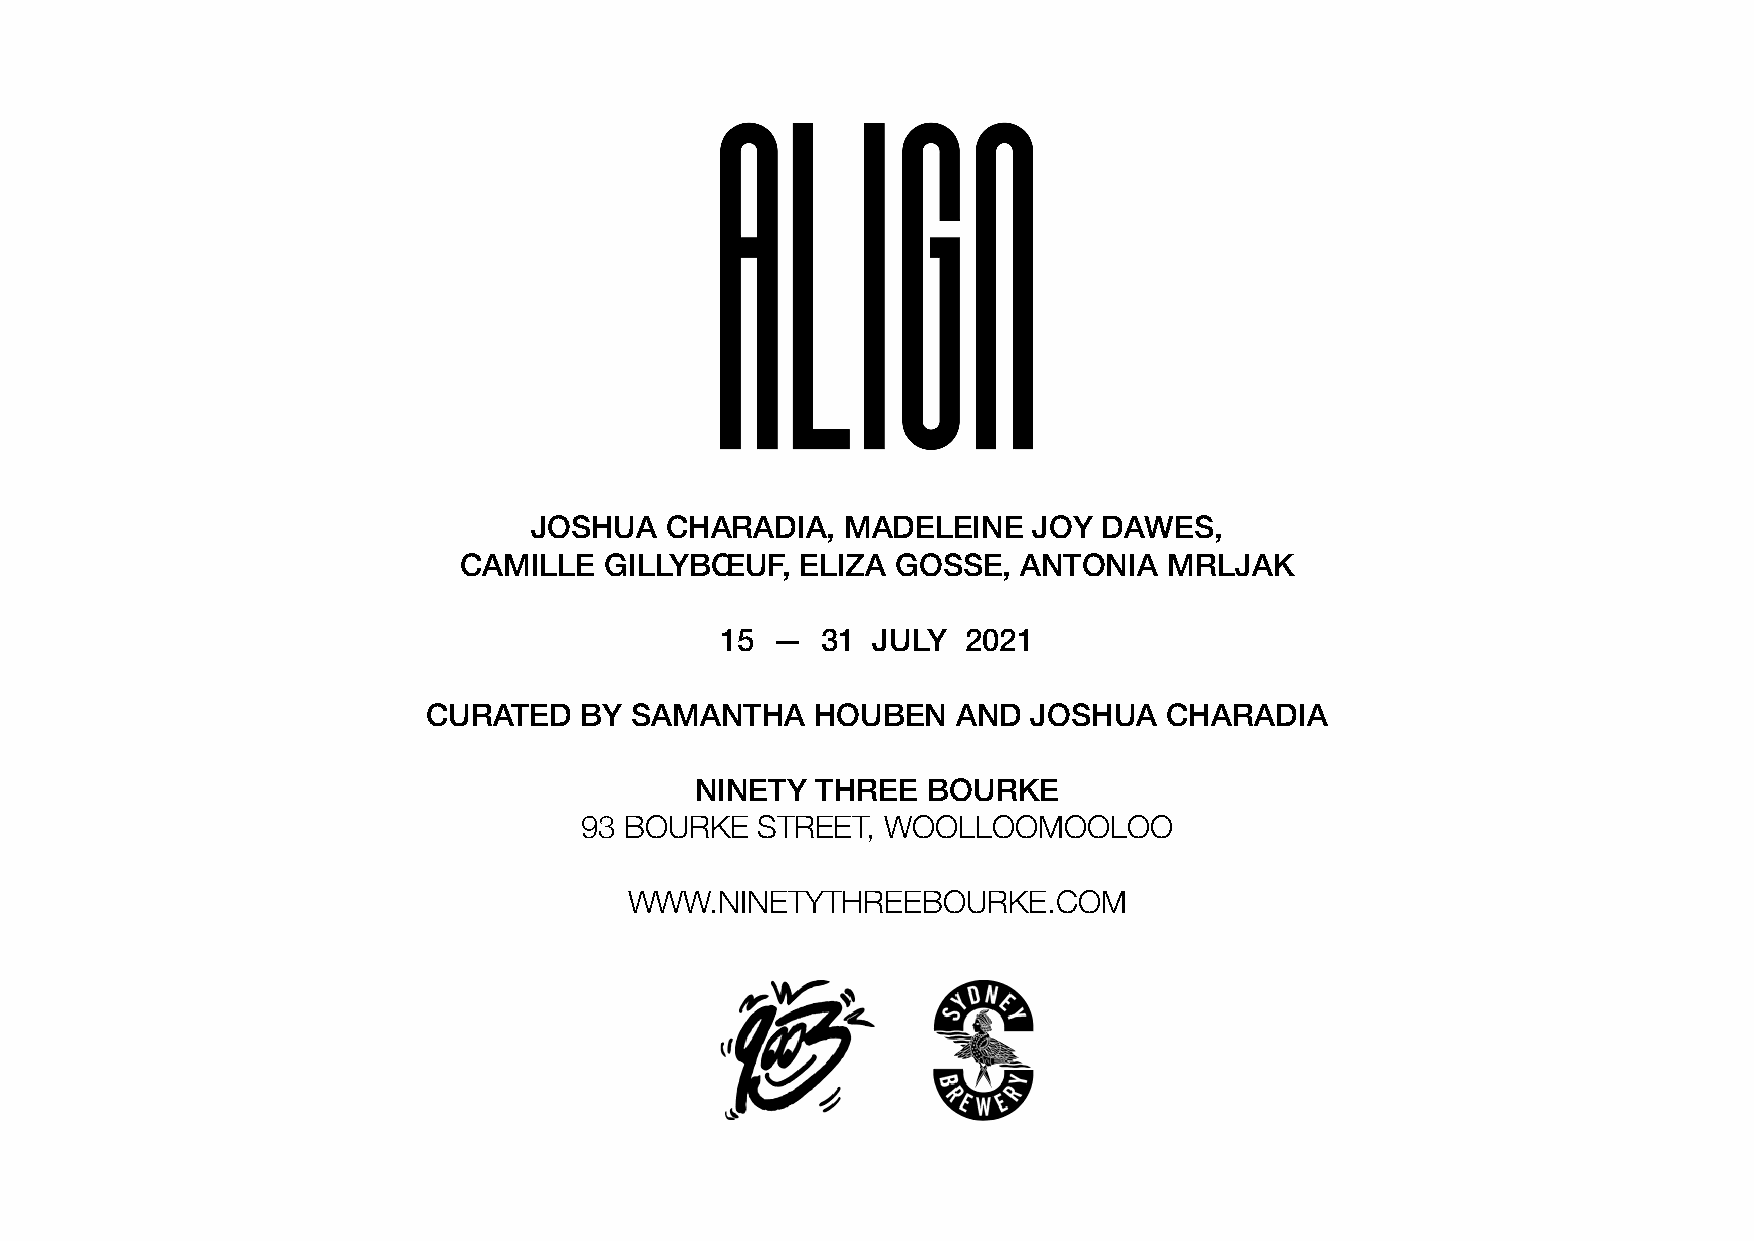
JOSHUA   CHARADIA,   MADELEINE   JOY  DAWES,
 CAMILLE   GILLYBŒUF,   ELIZA GOSSE,   ANTONIA  MRLJAK
 15 —  31  JULY  2021
 CURATED   BY  SAMANTHA    HOUBEN   AND  JOSHUA   CHARADIA
 NINETY  THREE  BOURKE
 93 BOURKE   STREET,  WOOLLOOMOOLOO
 WWW.NINETYTHREEBOURKE.COM